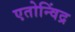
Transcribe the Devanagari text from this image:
एतोन्विंद्र